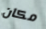
مكان